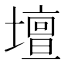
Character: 壇